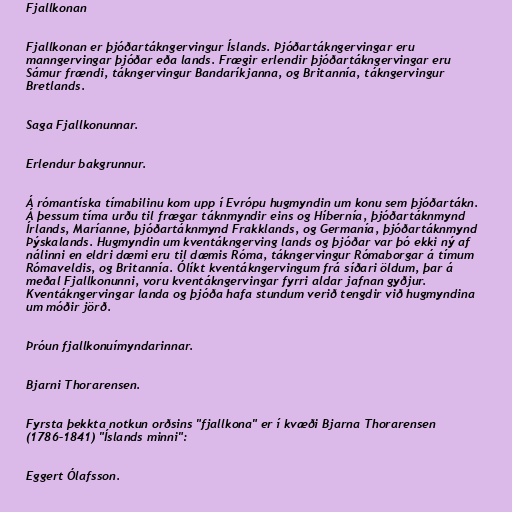
Fjallkonan

Fjallkonan er þjóðartákngervingur Íslands. Þjóðartákngervingar eru
manngervingar þjóðar eða lands. Frægir erlendir þjóðartákngervingar eru
Sámur frændi, tákngervingur Bandaríkjanna, og Britannía, tákngervingur
Bretlands.

Saga Fjallkonunnar.

Erlendur bakgrunnur.

Á rómantíska tímabilinu kom upp í Evrópu hugmyndin um konu sem þjóðartákn.
Á þessum tíma urðu til frægar táknmyndir eins og Híbernía, þjóðartáknmynd
Írlands, Maríanne, þjóðartáknmynd Frakklands, og Germanía, þjóðartáknmynd
Þýskalands. Hugmyndin um kventákngerving lands og þjóðar var þó ekki ný af
nálinni en eldri dæmi eru til dæmis Róma, tákngervingur Rómaborgar á tímum
Rómaveldis, og Britannía. Ólíkt kventákngervingum frá síðari öldum, þar á
meðal Fjallkonunni, voru kventákngervingar fyrri aldar jafnan gyðjur.
Kventákngervingar landa og þjóða hafa stundum verið tengdir við hugmyndina
um móðir jörð.

Þróun fjallkonuímyndarinnar.

Bjarni Thorarensen.

Fyrsta þekkta notkun orðsins "fjallkona" er í kvæði Bjarna Thorarensen
(1786–1841) "Íslands minni":

Eggert Ólafsson.